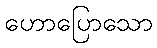
ဟောပြောသော